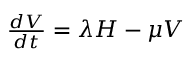
\begin{array} { r } { \frac { d V } { d t } = \lambda H - \mu V } \end{array}